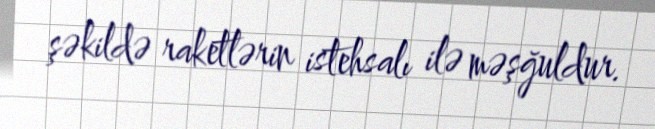
şəkildə raketlərin istehsalı ilə məşğuldur.